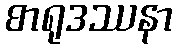
စာရုဒဿနာ